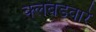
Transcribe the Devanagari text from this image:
क्लबडवारे